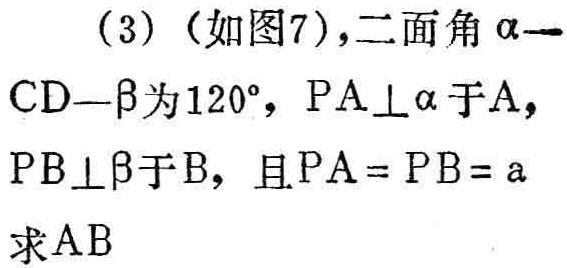
(3)（如图7），二面角\(\alpha -CD-\beta\)为\(120^{\circ}\)，\(PA\perp\alpha\)于\(A\)，\(PB\perp\beta\)于\(B\)，且\(PA = PB = a\)，求\(AB\)